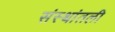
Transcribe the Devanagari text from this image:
संस्थांतली